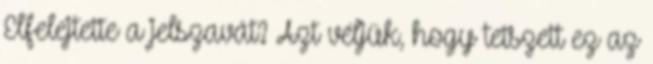
Elfelejtette a jelszavát? Azt véljük, hogy tetszett ez az